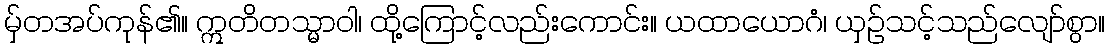
မှ်တအပ်ကုန်၏။ ဣတိတသ္မာဝါ၊ ထို့ကြောင့်လည်းကောင်း။ ယထာယောဂံ၊ ယှဉ်သင့်သည်လျော်စွာ။